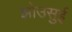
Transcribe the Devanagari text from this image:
झोउसुई